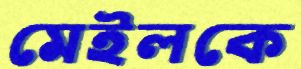
মেইলকে